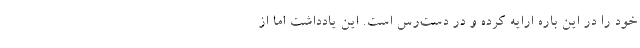
خود را در این باره ارایه کرده و در دست‌رس است. این یادداشت اما از